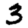
Digit: 3